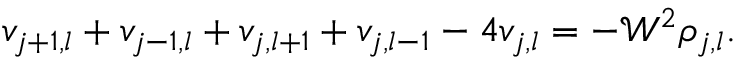
v _ { j + 1 , l } + v _ { j - 1 , l } + v _ { j , l + 1 } + v _ { j , l - 1 } - 4 v _ { j , l } = - \mathcal { W } ^ { 2 } \rho _ { j , l } .